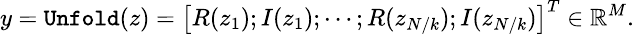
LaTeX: \small y=\texttt{Unfold}(z)=\big[R(z_{1});I(z_{1});\cdots;R(z_{N/k});I(z_{N/k})\big]^{T}\in\mathbb{R}^{M}.